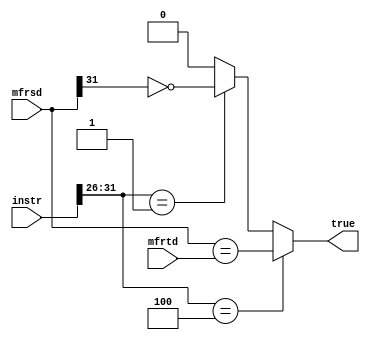
`timescale 1ns / 1ps
//////////////////////////////////////////////////////////////////////////////////
// Company: 
// Engineer: 
// 
// Design Name: 
// Module Name:    CMP 
// Project Name: 
// Target Devices: 
// Tool versions: 
// Description: 
//
// Dependencies: 
//
// Revision: 
// Revision 0.01 - File Created
// Additional Comments: 
//
//////////////////////////////////////////////////////////////////////////////////
module CMP(
    input [31:0] mfrsd,
    input [31:0] mfrtd,
	 input [31:0] instr,
    output true
    );
	 
	 wire [5:0] op;
	 assign op[5:0]=instr[31:26];
	 wire [5:0] func;
	 assign func[5:0]=instr[5:0];
	 
	 wire beq;
	 assign beq=(op==6'b000100);
	 wire bgezal;
	 assign bgezal=(op==6'b000001);
	 
	 assign true=(beq)?(mfrsd==mfrtd):
					 (bgezal)?(~mfrsd[31]):
					 0;
	 
	 //always@(*)begin
	     //case(cmp_op)
		      //3'b000:true<=(mfrsd==mfrtd);				//beq
				//3'b001:true<=(mfrsd!=mfrtd);				//bne
				//3'b010:true<=(mfrsd==0||mfrsd[31]);		//rs<=0 blez
				//3'b011:true<=(mfrsd!=0&&~mfrsd[31]);	//rs>0 bgtz
				//3'b100:true<=mfrsd[31];						//rs<0 bltz
				//3'b101:true<=~mfrsd[31];					//rs>=0 bgez
		  //endcase
	 //end
	 //(bopal)?((mfrsd+mfrtd==32'b0)&&(mfrsd!=32'h80000000)&&(mfrtd!=32'h80000000))
endmodule